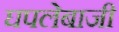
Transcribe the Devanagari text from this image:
घपलेबाजी